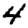
Digit: 4